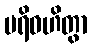
ပရိဝဟိတွာ